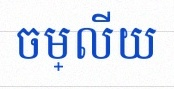
ចម្លើយ